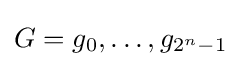
G=g_{0},\ldots ,g_{2^{n}-1}